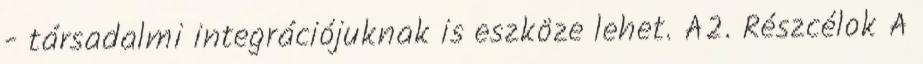
- társadalmi integrációjuknak is eszköze lehet. A2. Részcélok A